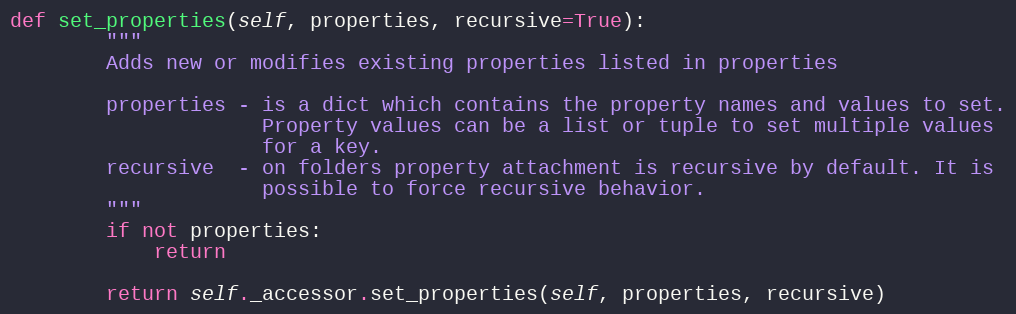
Language: Python
def set_properties(self, properties, recursive=True):
        """
        Adds new or modifies existing properties listed in properties

        properties - is a dict which contains the property names and values to set.
                     Property values can be a list or tuple to set multiple values
                     for a key.
        recursive  - on folders property attachment is recursive by default. It is
                     possible to force recursive behavior.
        """
        if not properties:
            return

        return self._accessor.set_properties(self, properties, recursive)